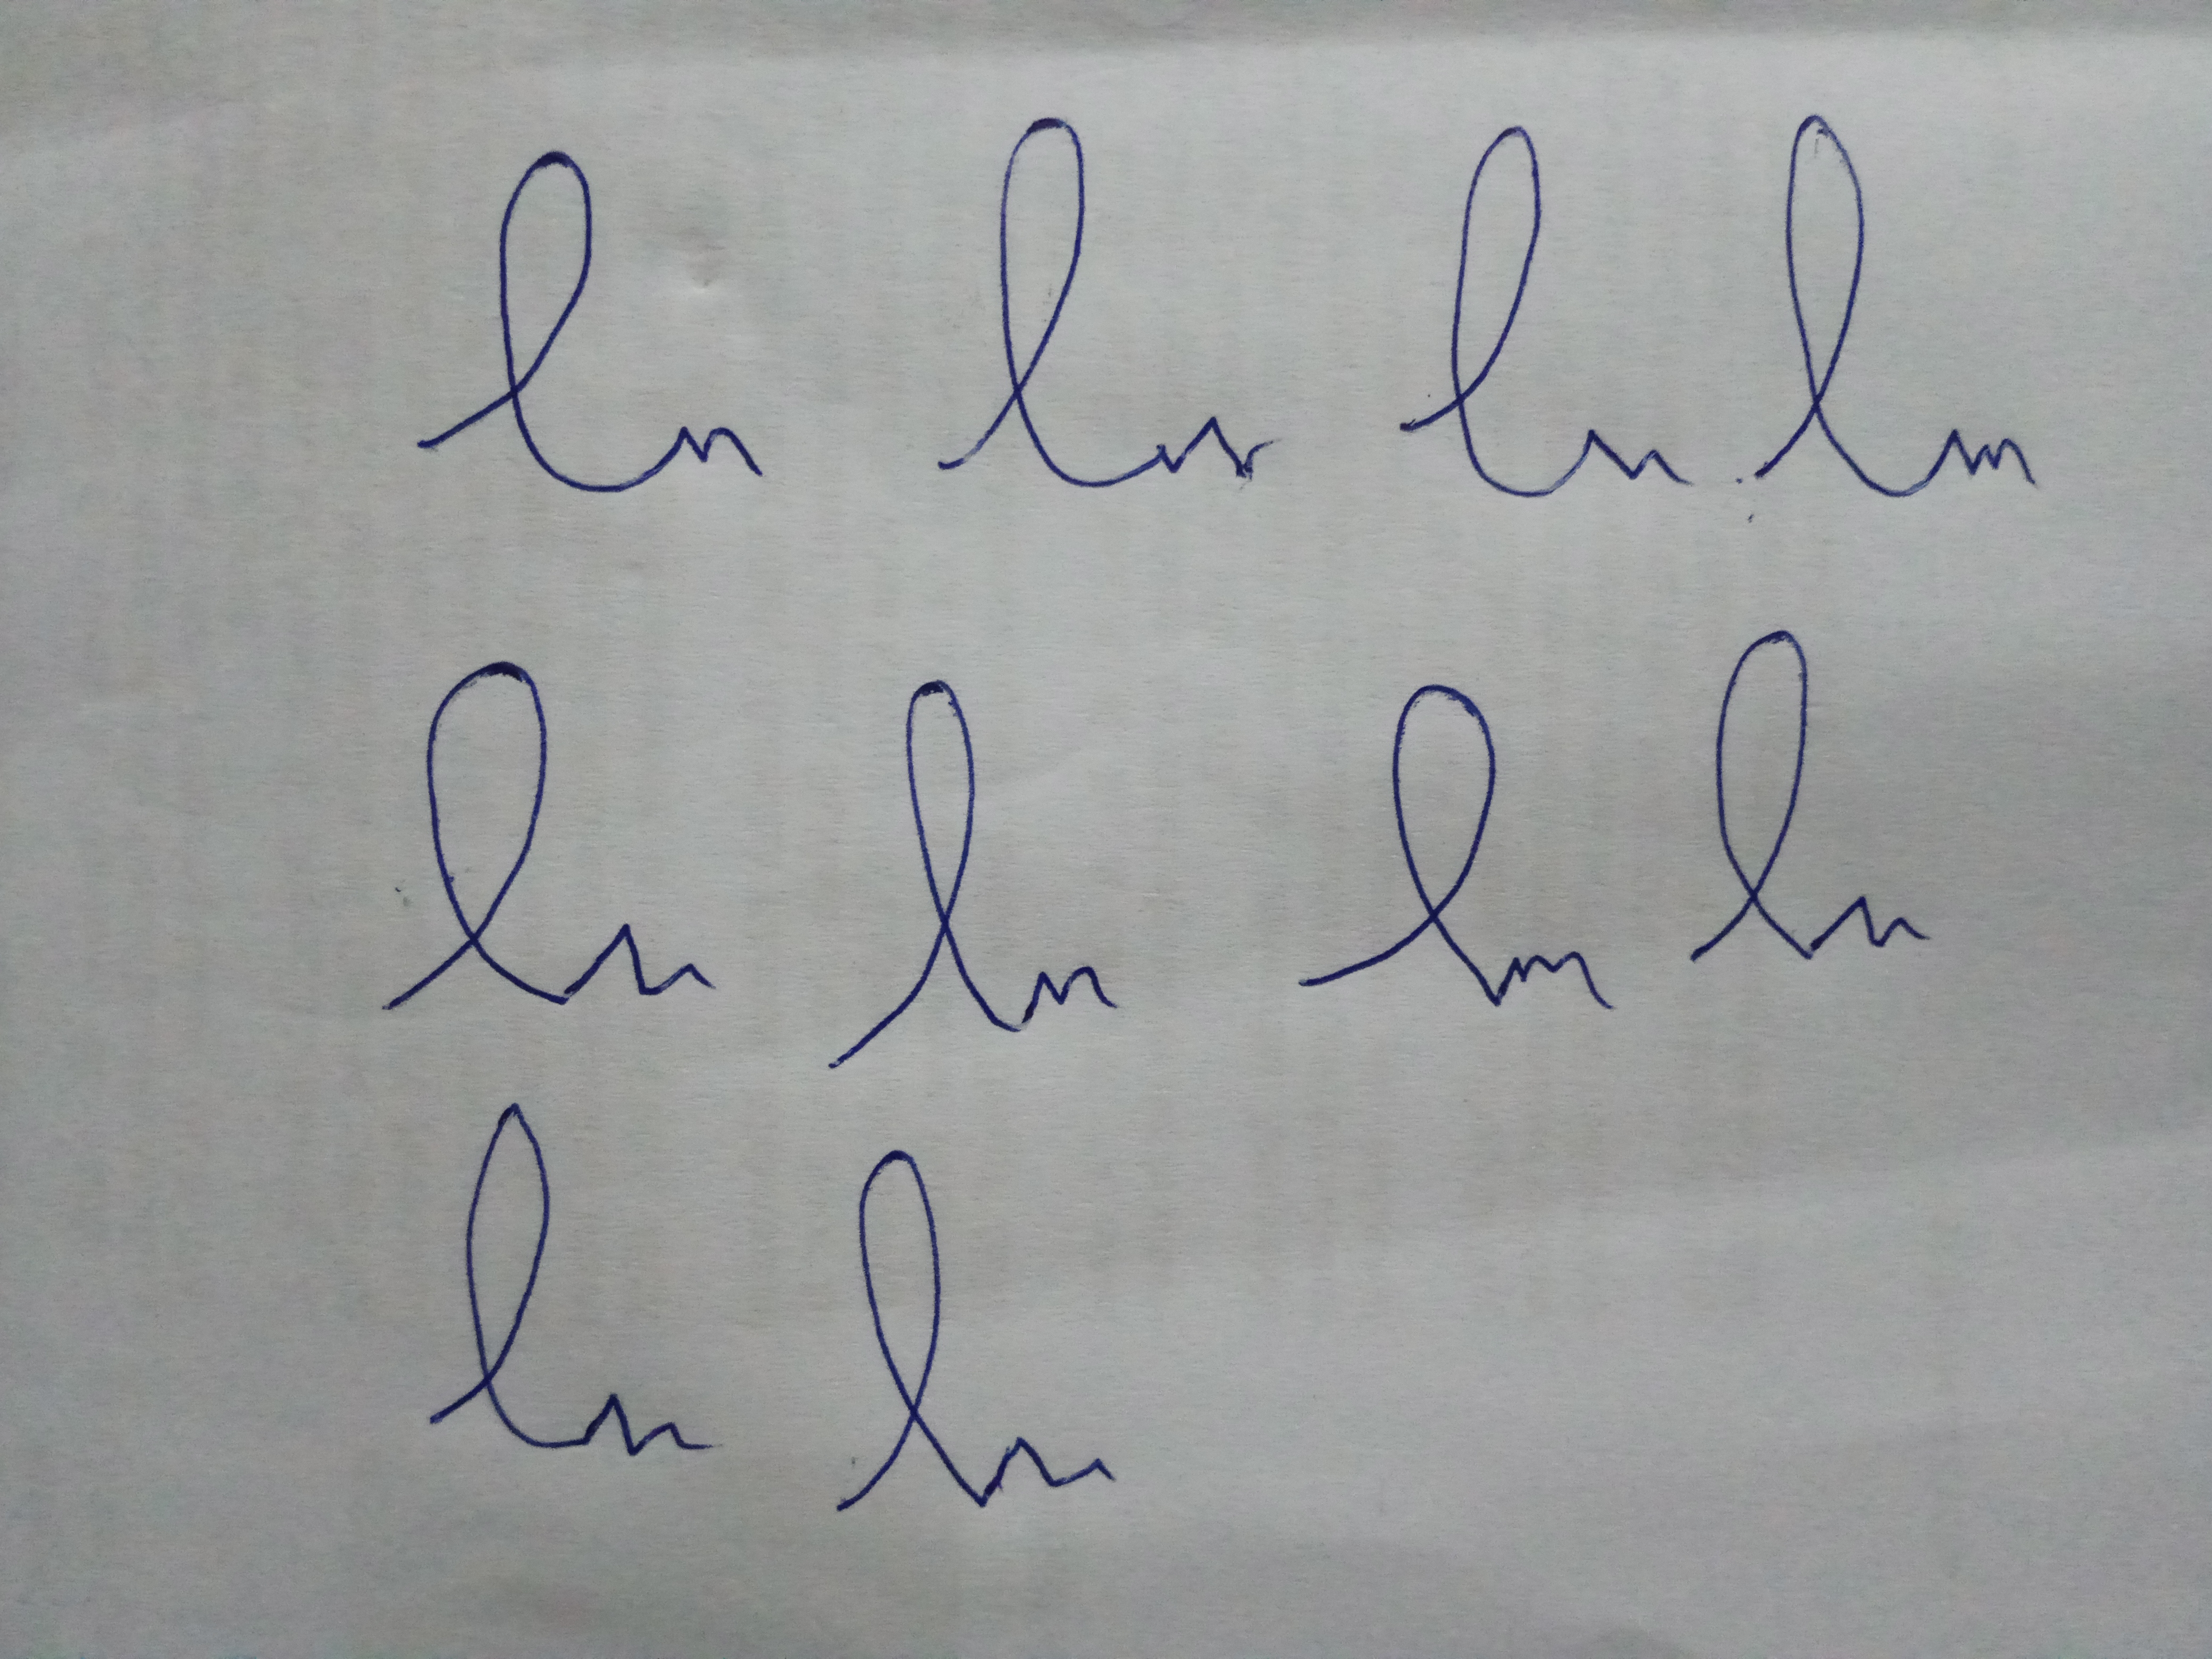
Signature authenticity: forged